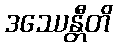
ဒဿေန္တီတိ